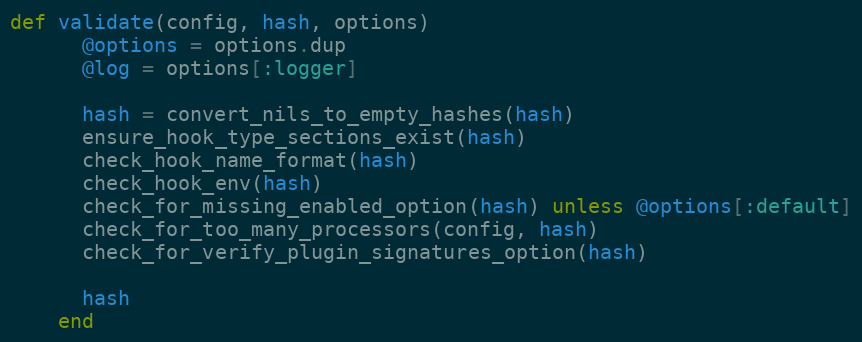
Language: Ruby
def validate(config, hash, options)
      @options = options.dup
      @log = options[:logger]

      hash = convert_nils_to_empty_hashes(hash)
      ensure_hook_type_sections_exist(hash)
      check_hook_name_format(hash)
      check_hook_env(hash)
      check_for_missing_enabled_option(hash) unless @options[:default]
      check_for_too_many_processors(config, hash)
      check_for_verify_plugin_signatures_option(hash)

      hash
    end